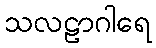
သလဠာဂါရေ